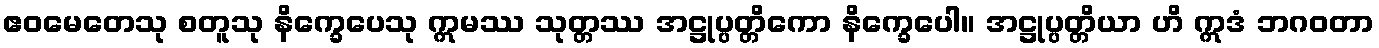
ဧဝမေတေသု စတူသု နိက္ခေပေသု ဣမဿ သုတ္တဿ အဋ္ဌုပ္ပတ္တိကော နိက္ခေပေါ။ အဋ္ဌုပ္ပတ္တိယာ ဟိ ဣဒံ ဘဂဝတာ